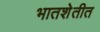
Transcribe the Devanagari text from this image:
भातशेतीत